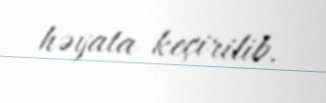
həyata keçirilib.